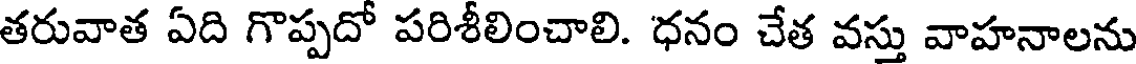
తరువాత ఏది గొప్పదో పరిశీలించాలి. ధనం చేత వస్తు వాహనాలను